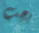
يجب